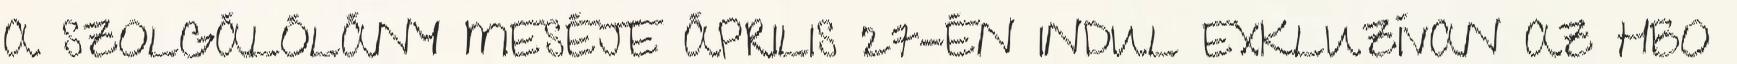
A SZOLGÁLÓLÁNY MESÉJE ÁPRILIS 27-ÉN INDUL EXKLUZÍVAN AZ HBO